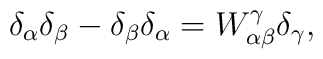
\delta _\alpha \delta _\beta -\delta _\beta \delta _\alpha =W_{\alpha \beta}^\gamma \delta _\gamma ,